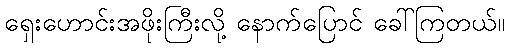
ရှေးဟောင်းအဖိုးကြီးလို့ နောက်ပြောင် ခေါ်ကြတယ်။